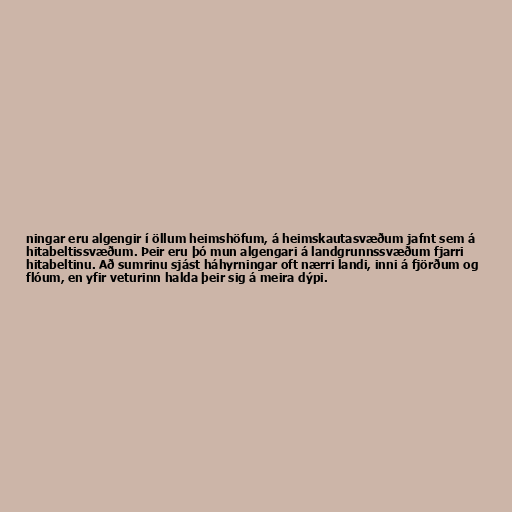
ningar eru algengir í öllum heimshöfum, á heimskautasvæðum jafnt sem á
hitabeltissvæðum. Þeir eru þó mun algengari á landgrunnssvæðum fjarri
hitabeltinu. Að sumrinu sjást háhyrningar oft nærri landi, inni á fjörðum og
flóum, en yfir veturinn halda þeir sig á meira dýpi.